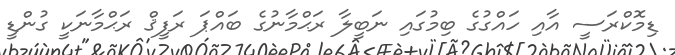
ޑިމޮކްރަސީ އާއި ހައްގުގެ ބިމުގައި ނަބީލާ ރަޙްމާނުގެ ބައްޕަ ރަފީޤް ރަޙްމާނަކީ ގުންޑީ